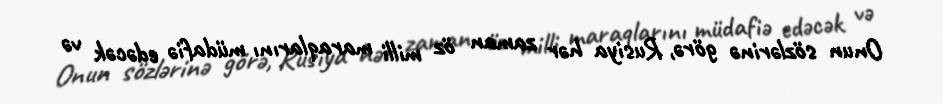
Onun sözlərinə görə, Rusiya hər zaman öz milli maraqlarını müdafiə edəcək və